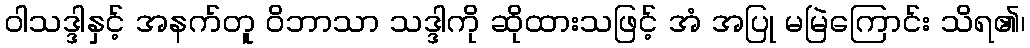
ဝါသဒ္ဒါနှင့် အနက်တူ ဝိဘာသာ သဒ္ဒါကို ဆိုထားသဖြင့် အံ အပြု မမြဲကြောင်း သိရ၏၊